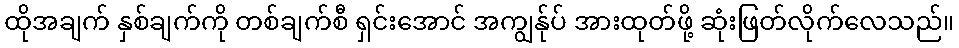
ထိုအချက် နှစ်ချက်ကို တစ်ချက်စီ ရှင်းအောင် အကျွန်ုပ် အားထုတ်ဖို့ ဆုံးဖြတ်လိုက်လေသည်။